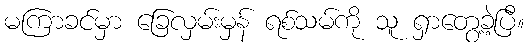
မကြာခင်မှာ ခြေလှမ်းမှန် ရစ်သမ်ကို သူ ရှာတွေ့ခဲ့ပြီ။